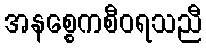
အနစ္စေကစီဝရသညီ